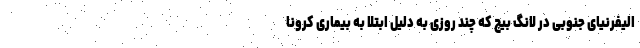
الیفرنیای جنوبی در لانگ بیچ که چند روزی به دلیل ابتلا به بیماری کرونا